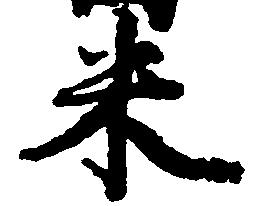
米